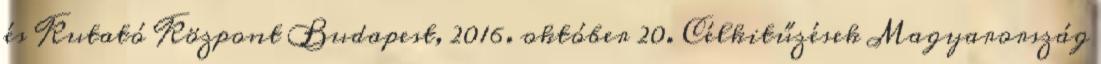
és Kutató Központ Budapest, 2016. október 20. Célkitűzések Magyarország